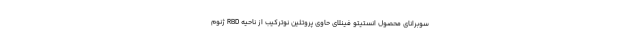
سوبرانای محصول انستیتو فینلای حاوی پروتئین نوترکیب از ناحیه RBD ژنوم